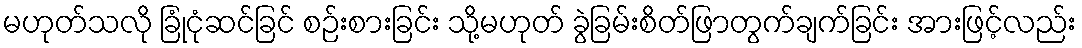
မဟုတ်သလို ခြုံငုံဆင်ခြင် စဉ်းစားခြင်း သို့မဟုတ် ခွဲခြမ်းစိတ်ဖြာတွက်ချက်ခြင်း အားဖြင့်လည်း